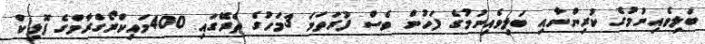
ބަލިވެއިނުމުގެ ކުރިންނާއި ބަލިވެއިނުމުގެ ފަހުން ވެސް ފުރަތަމަ 3މަހުގެ ތެރޭގައި 400މައިކްރޯގްރާމްގެ ފޮލިކް